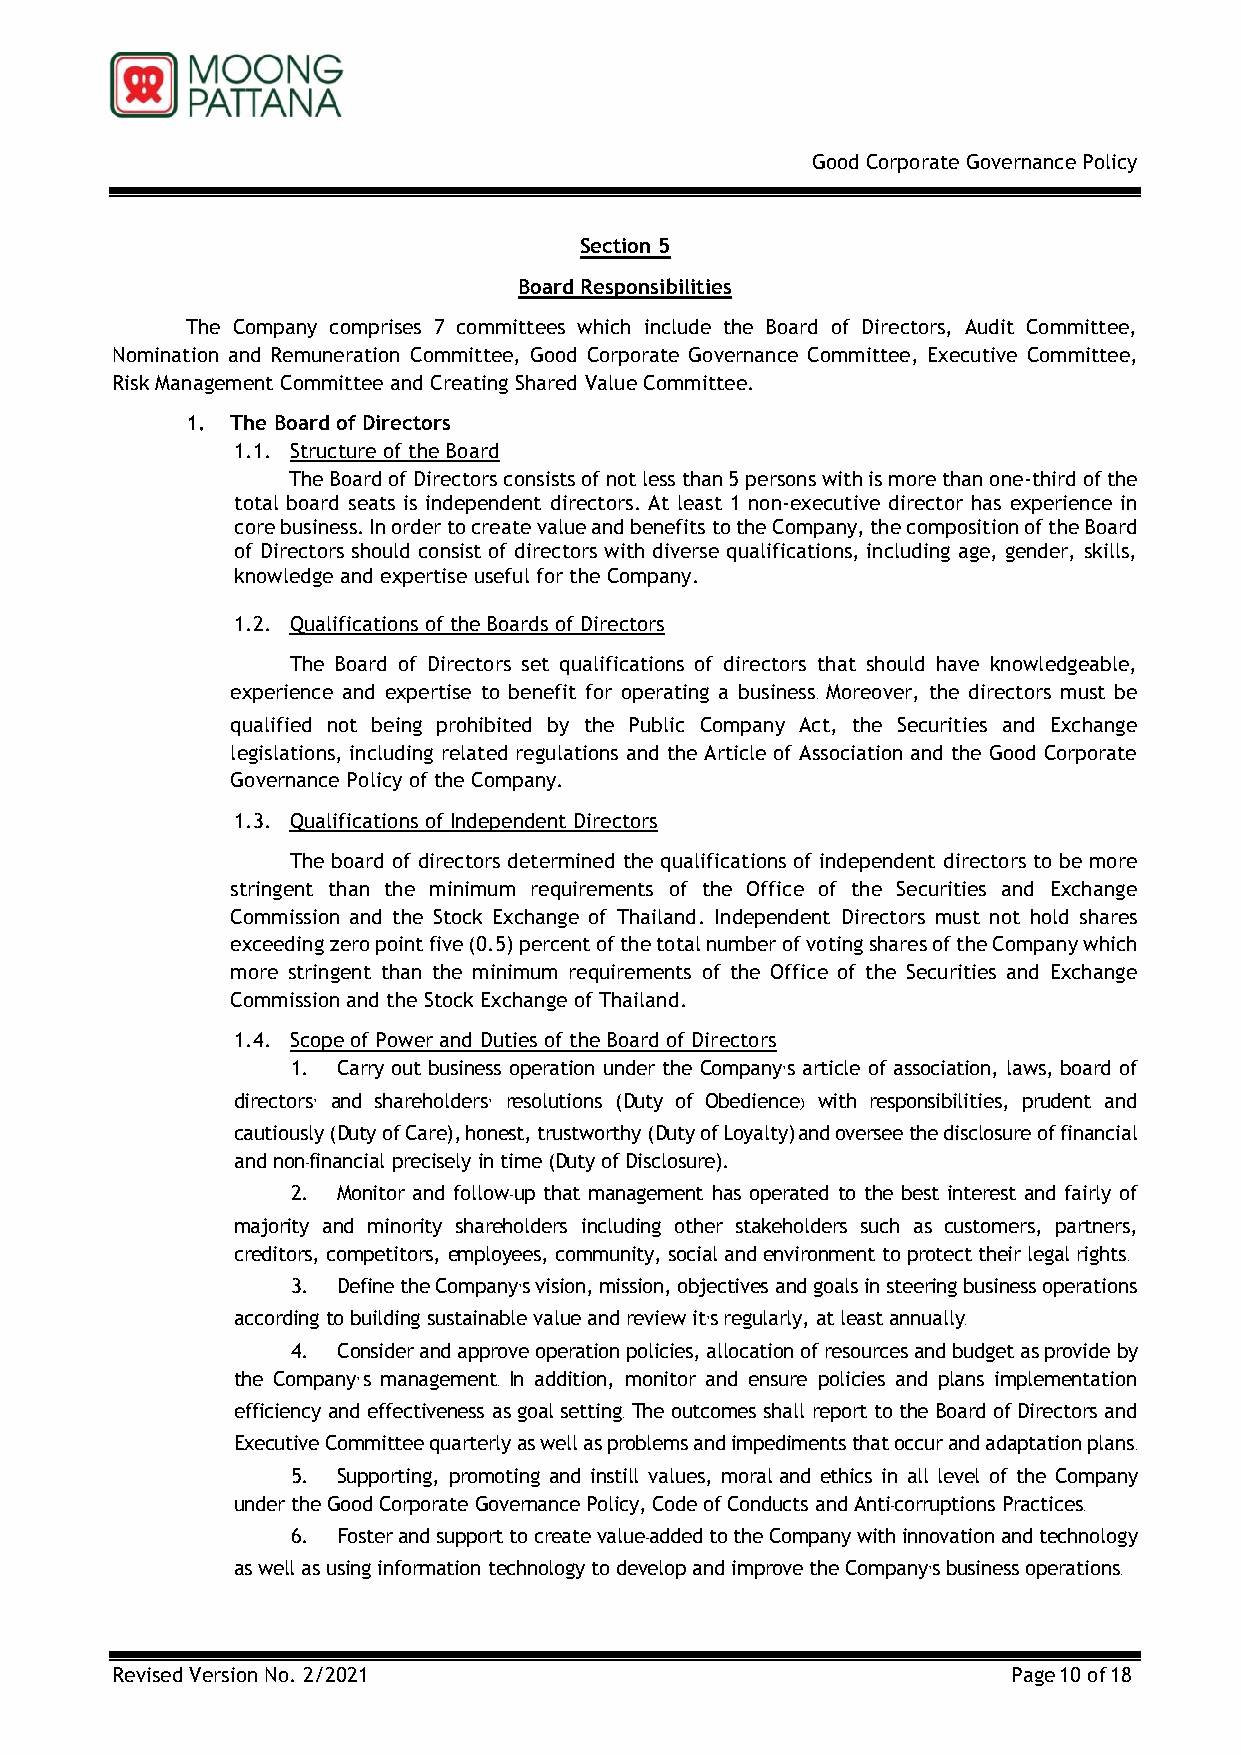
Good Corporate Governance Policy
 Section 5
 Board Responsibilities
 The Company comprises 7 committees which include the Board of Directors, Audit Committee,
 Nomination and Remuneration Committee, Good Corporate Governance Committee, Executive Committee,
 Risk Management Committee and Creating Shared Value Committee.
 1. The Board of Directors
 1.1. Structure of the Board
 The Board of Directors consists of not less than 5 persons with is more than one-third of the
 total board seats is independent directors. At least 1 non-executive director has experience in
 core business. In order to create value and benefits to the Company, the composition of the Board
 of Directors should consist of directors with diverse qualifications, including age, gender, skills,
 knowledge and expertise useful for the Company.
 1.2. Qualifications of the Boards of Directors
 The Board of Directors set qualifications of directors that should have knowledgeable,
 experience and expertise to benefit for operating a business. Moreover, the directors must be
 qualified not being prohibited by the Public Company Act, the Securities and Exchange
 legislations, including related regulations and the Article of Association and the Good Corporate
 Governance Policy of the Company.
 1.3. Qualifications of Independent Directors
 The board of directors determined the qualifications of independent directors to be more
 stringent than the minimum requirements of the Office of the Securities and Exchange
 Commission and the Stock Exchange of Thailand. Independent Directors must not hold shares
 exceeding zero point five (0.5) percent of the total number of voting shares of the Company which
 more stringent than the minimum requirements of the Office of the Securities and Exchange
 Commission and the Stock Exchange of Thailand.
 1.4. Scope of Power and Duties of the Board of Directors
 1. Carry out business operation under the Company’s article of association, laws, board of
 directors’ and shareholders’ resolutions (Duty of Obedience) with responsibilities, prudent and
 cautiously (Duty of Care), honest, trustworthy (Duty of Loyalty) and oversee the disclosure of financial
 and non-financial precisely in time (Duty of Disclosure).
 2. Monitor and follow-up that management has operated to the best interest and fairly of
 majority and minority shareholders including other stakeholders such as customers, partners,
 creditors, competitors, employees, community, social and environment to protect their legal rights.
 3. Define the Company’s vision, mission, objectives and goals in steering business operations
 according to building sustainable value and review it’s regularly, at least annually.
 4. Consider and approve operation policies, allocation of resources and budget as provide by
 the Company’s management. In addition, monitor and ensure policies and plans implementation
 efficiency and effectiveness as goal setting. The outcomes shall report to the Board of Directors and
 Executive Committee quarterly as well as problems and impediments that occur and adaptation plans.
 5. Supporting, promoting and instill values, moral and ethics in all level of the Company
 under the Good Corporate Governance Policy, Code of Conducts and Anti-corruptions Practices.
 6. Foster and support to create value-added to the Company with innovation and technology
 as well as using information technology to develop and improve the Company’s business operations.
 Revised Version No. 2/2021                                  Page 10 of 18